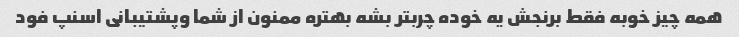
همه چیز خوبه فقط برنجش یه خوده چربتر بشه بهتره ممنون از شما وپشتیبانی اسنپ فود